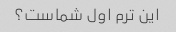
این ترم اول شماست؟